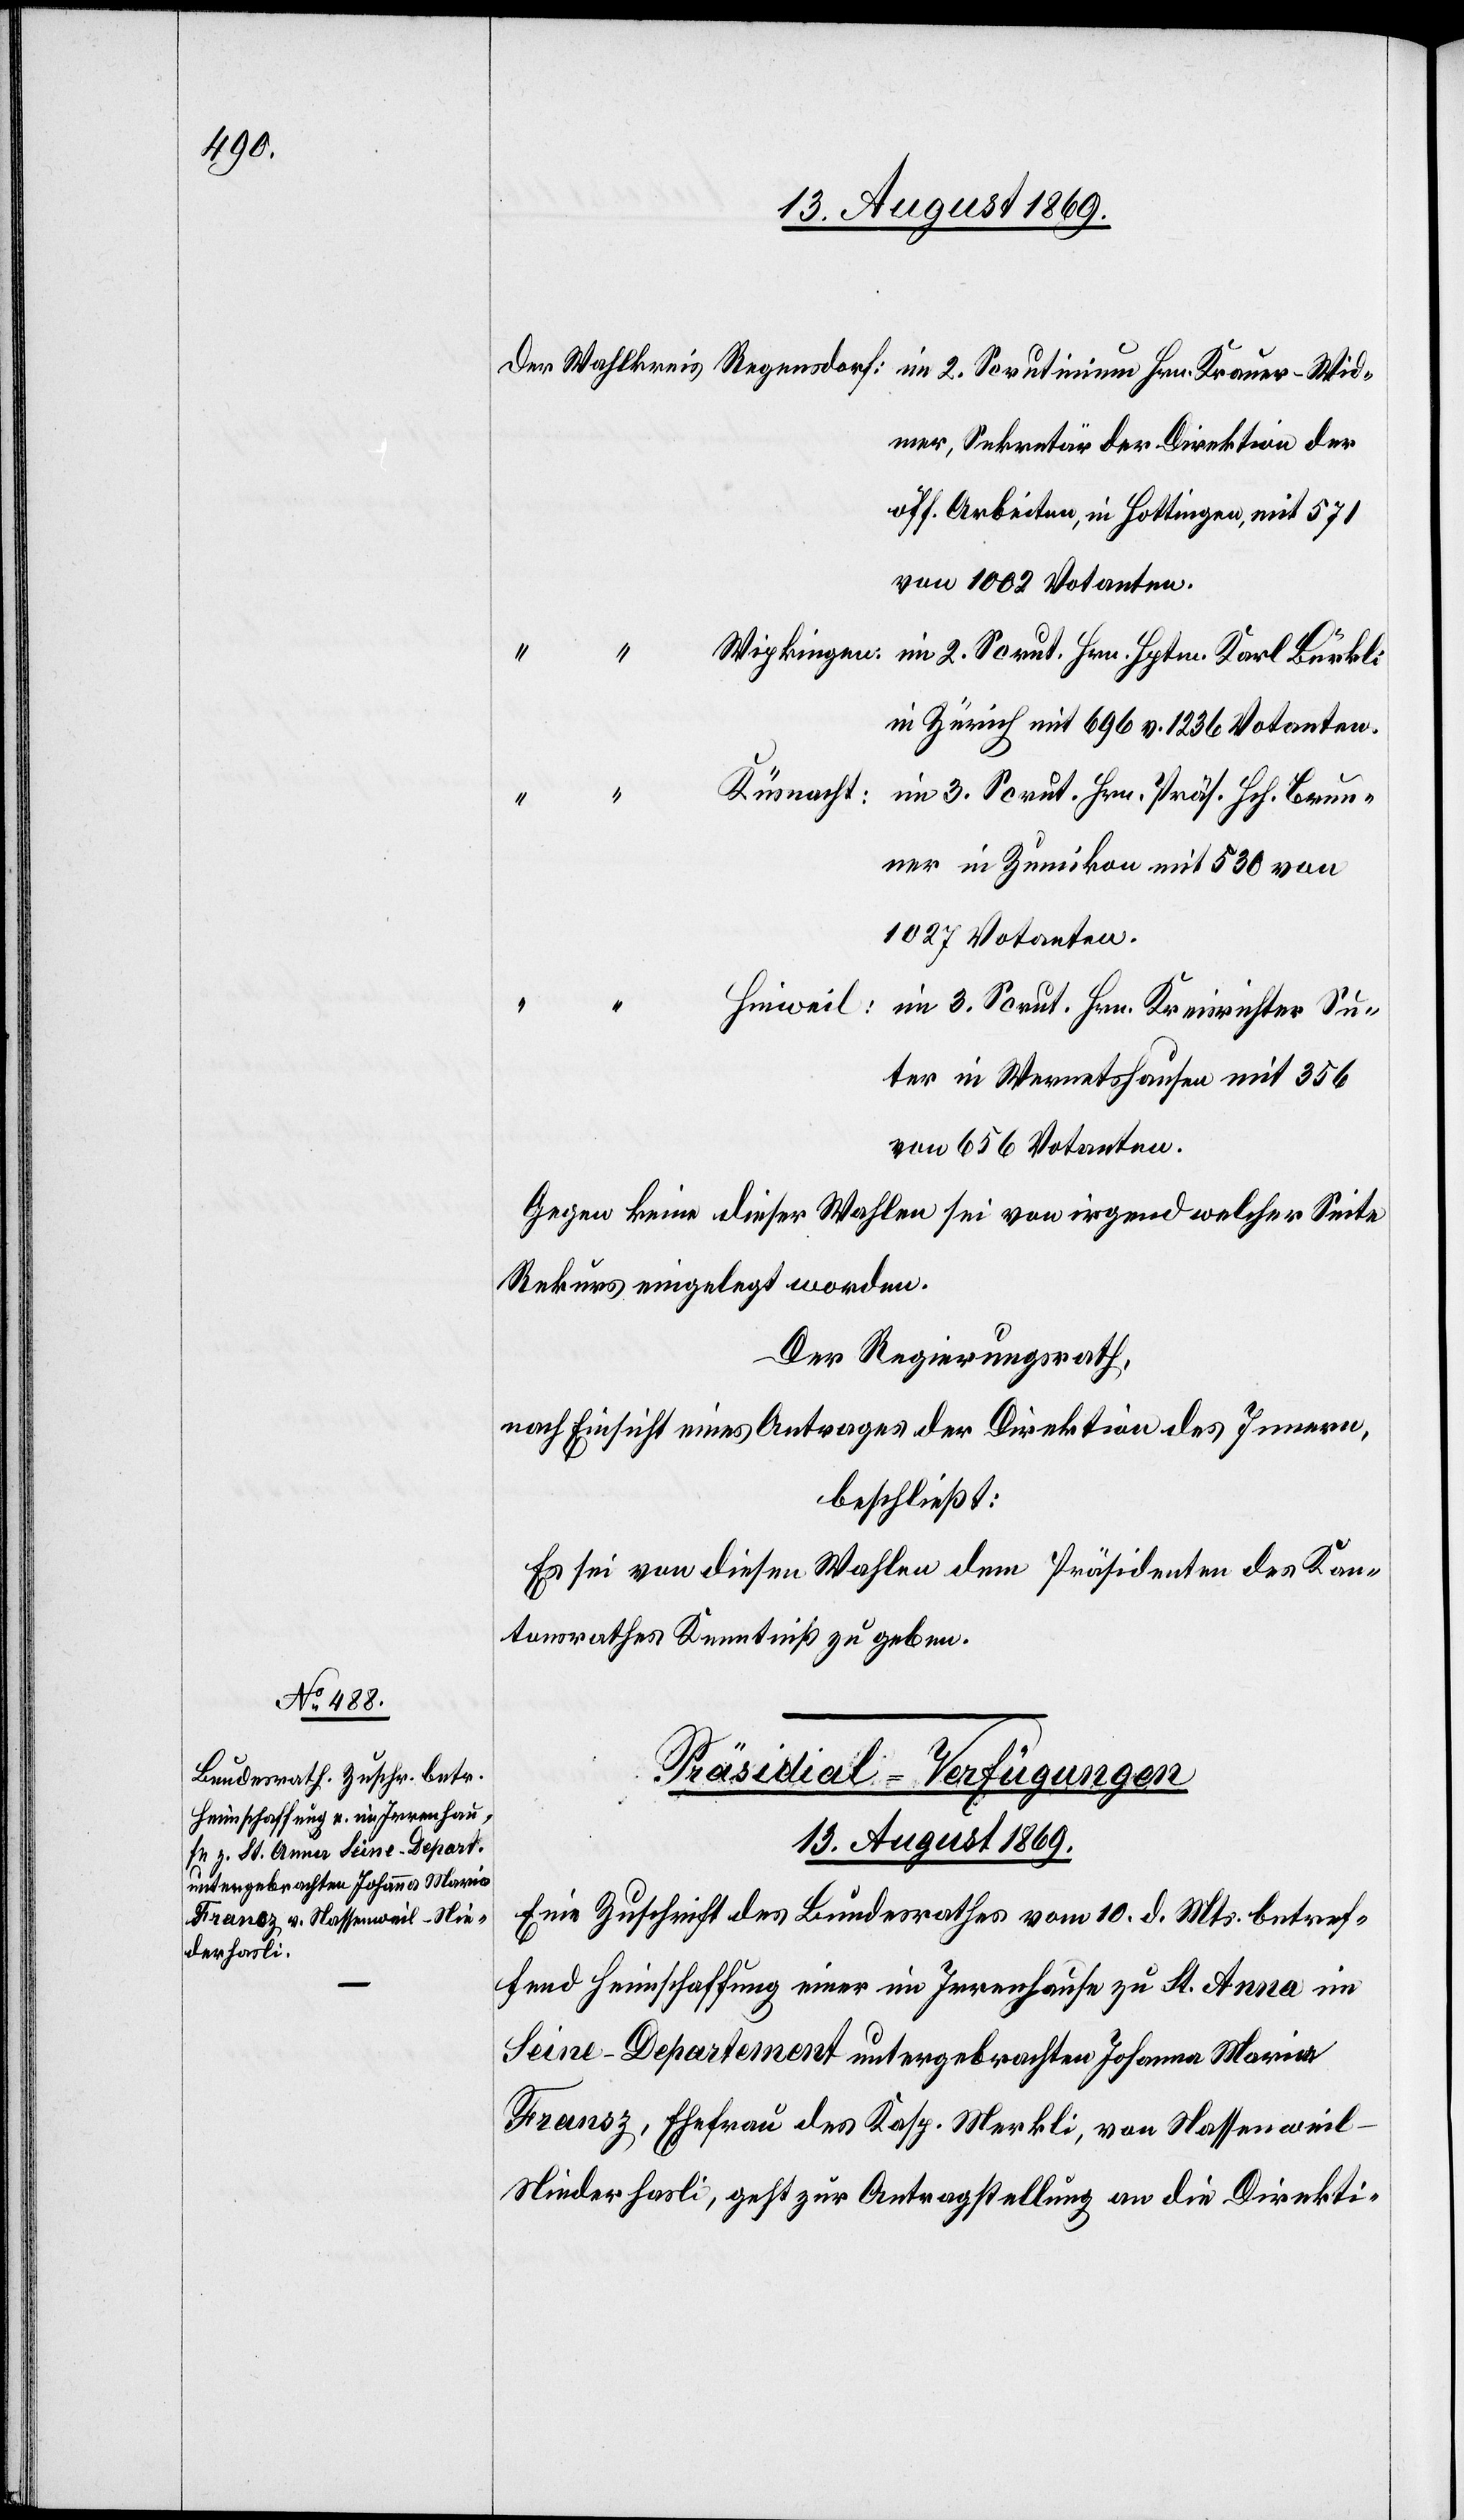
idmer, Sekretär der Direktion der
öff. Arbeiten, in Hottingen, mit 571
von 1002 Votanten.
in Zürich mit 696 v. 1236 Votanten.
Küsnacht:
im 3. Scrut. Hrn. Präs. Hch. Brun¬
er Su¬
ner in Zumikon mit 530 von
1027 Votanten.
ter in Wermatshausen mit 356
von 656 Votanten.
Gegen keine dieser Wahlen sei von irgend welcher Seite
Rekurs eingelegt worden.
Der Regierungsrath,
nach Einsicht eines Antrages der Direktion des Innern,
beschließt:
Es sei von diesen Wahlen dem Präsidenten des Kan¬
tonsrathes Kenntniß zu geben.
Präsidial-Verfügungen.
13. August 1869.
Eine Zuschrift des Bundesrathes vom 10. d. Mts. betref¬
fend Heimschaffung einer im Irrenhause zu St. Anna im
Seine-Departement untergebrachten Johanna Maria
Fransz, Ehefrau des Kasp. Merkli, von Nassenweil
Niederhasli, geht zur Antragstellung an die Direkti-